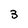
Character: 3